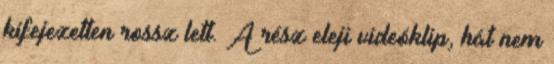
kifejezetten rossz lett. A rész eleji videóklip, hát nem